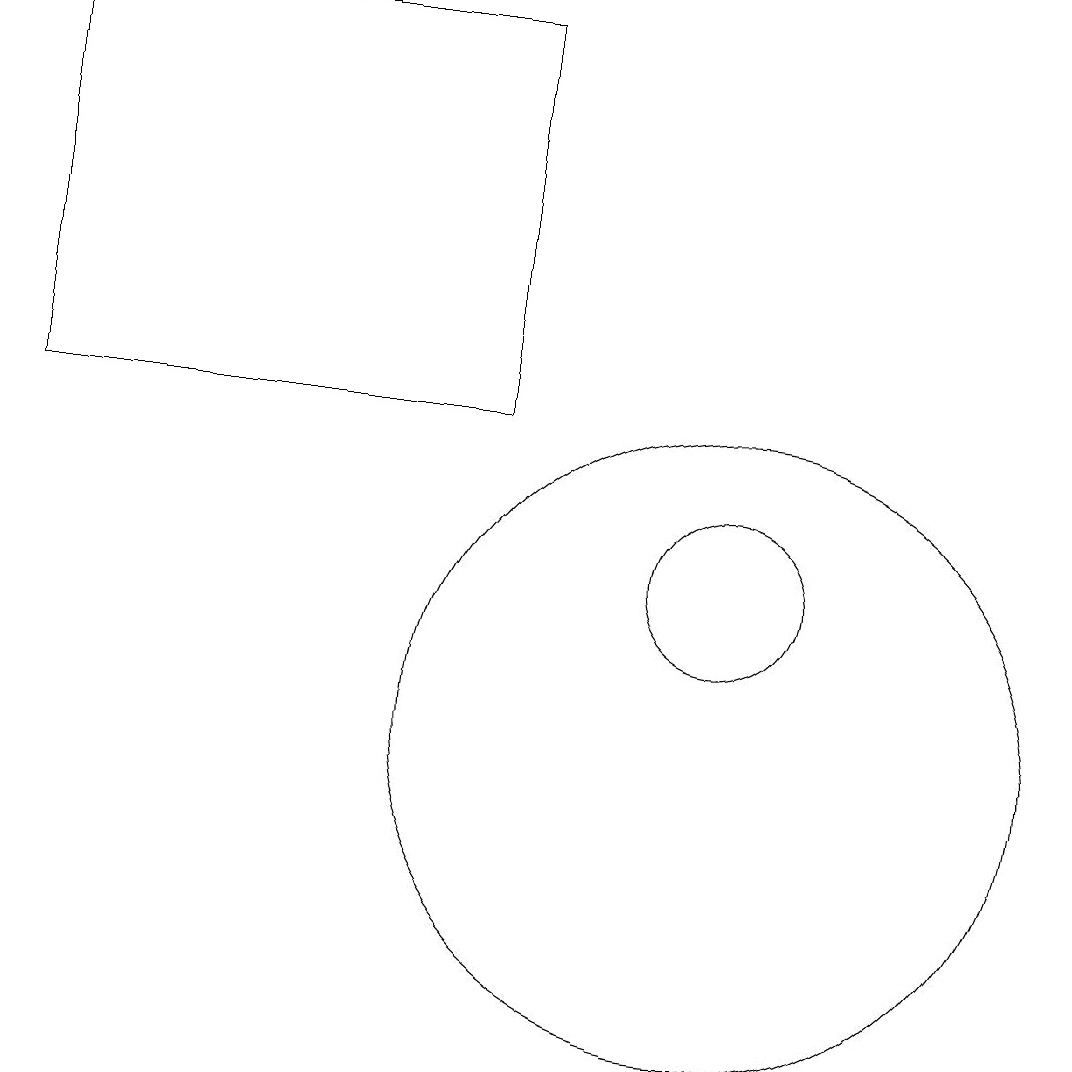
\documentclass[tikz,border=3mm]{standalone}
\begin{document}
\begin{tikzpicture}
\draw (9,19) rectangle (3,14);
\draw (12,10) circle (4);
\draw (12,12) circle (1);
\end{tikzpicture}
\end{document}